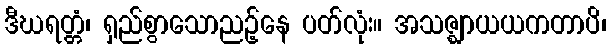
ဒီဃရတ္တံ၊ ရှည်စွာသောညဉ့်နေ ပတ်လုံး။ အသဇ္ဈာယယကတာပိ၊